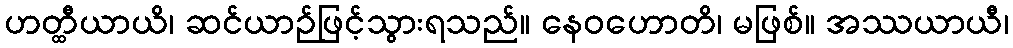
ဟတ္ထီယာယိ၊ ဆင်ယာဉ်ဖြင့်သွားရသည်။ နေဝဟောတိ၊ မဖြစ်။ အဿယာယီ၊